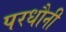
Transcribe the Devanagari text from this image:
परधौनी